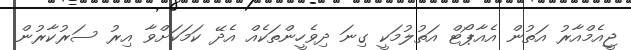
ޖީއެމްއާރު އަތުން އެއާޕޯޓް އަތުލުމަކީ ގިނަ ދިވެހީންތަކެއް އެދޭ ކަމަކަށްވާ އިރު ސަރުކާރުން